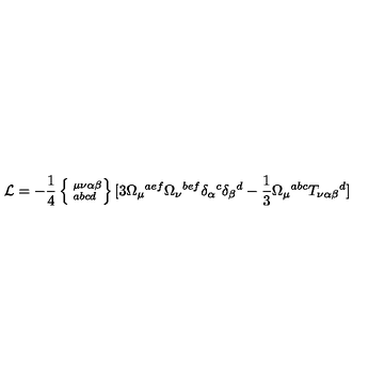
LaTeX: { \cal L } = - \frac { 1 } { 4 } \left\{ \phantom { | } _ { a b c d } ^ { \mu \nu \alpha \beta } \right\} [ 3 \Omega _ { \mu } { } ^ { a e f } \Omega _ { \nu } { } ^ { b e f } \delta _ { \alpha } { } ^ { c } \delta _ { \beta } { } ^ { d } - \frac { 1 } { 3 } \Omega _ { \mu } { } ^ { a b c } T _ { \nu \alpha \beta } { } ^ { d } ]